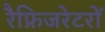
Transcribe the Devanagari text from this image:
रैफ्रिजरेटरों